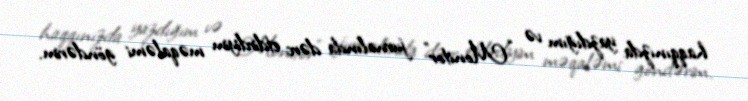
haqqınızda yazdığım və “Monitor” jurnalında dərc etdirdiyim məqaləmi göndərim.